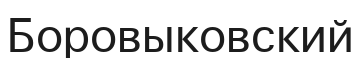
Боровыковский